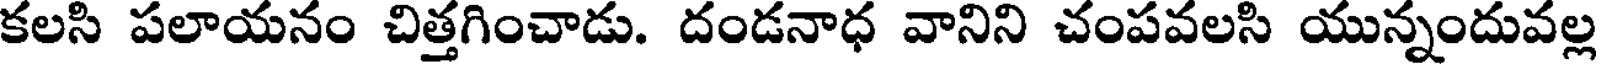
కలసి పలాయనం చిత్తగించాడు. దండనాధ వానిని చంపవలసి యున్నందువల్ల